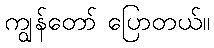
ကျွန်တော် ပြောတယ်။